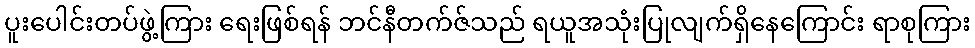
ပူးပေါင်းတပ်ဖွဲ့ကြား ရေးဖြစ်ရန် ဘင်နီတက်ဇ်သည် ရယူအသုံးပြုလျက်ရှိနေကြောင်း ရာစုကြား